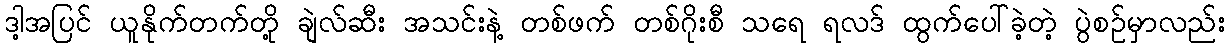
ဒါ့အပြင် ယူနိုက်တက်တို့ ချဲလ်ဆီး အသင်းနဲ့ တစ်ဖက် တစ်ဂိုးစီ သရေ ရလဒ် ထွက်ပေါ်ခဲ့တဲ့ ပွဲစဥ်မှာလည်း